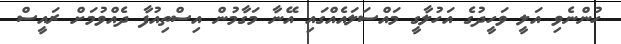
ހުންނެވި އަލީ ވަހީދުގެ އަހުލާގީ މައްސަލައެއްގައި އޭނާ މަގާމުން އިސްތިއުފާ ދެއްވުމަށް ރައީސް